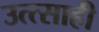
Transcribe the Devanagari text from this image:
उत्त्साही